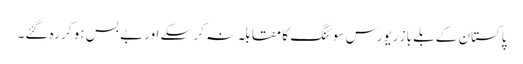
پاکستان کے بلے باز ریورس سوئنگ کا مقابلہ نہ کر سکے اور بے بس ہو کر رہ گئے۔